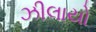
ઝીલાયો